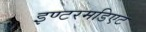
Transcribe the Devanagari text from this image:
इण्टरमडिएट